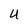
Character: U